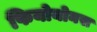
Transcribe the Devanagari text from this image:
फियोयोनस